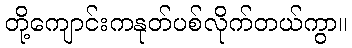
တို့ကျောင်းကနုတ်ပစ်လိုက်တယ်ကွာ။